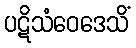
ပဋိသံဝေဒေသိံ